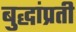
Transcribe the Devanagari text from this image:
बुद्धांप्रती